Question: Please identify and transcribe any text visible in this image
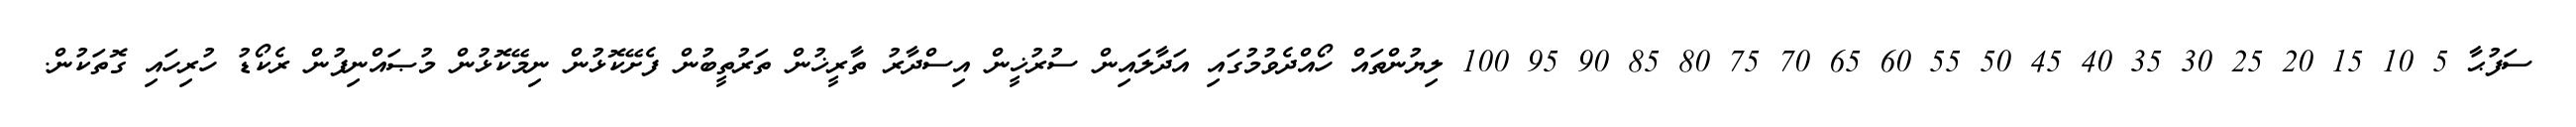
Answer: ސަފުޙާ 5 10 15 20 25 30 35 40 45 50 55 60 65 70 75 80 85 90 95 100 ލިޔުންތައް ހޯއްދެވުމުގައި އަދާލައިން ސުރުޚީން އިސްދާރު ތާރީޚުން ތަރުތީބުން ފެށޭކޮޅުން ނިމޭކޮޅުން މުޞައްނިފުން ރެކޯޑު ހުރިހައި ގޮތަކުން.